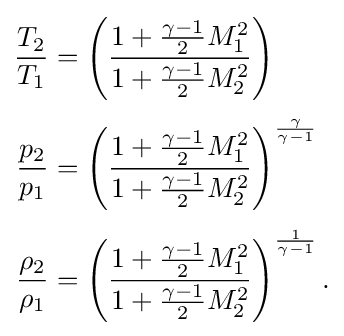
{\begin{aligned}{\frac {T_{2}}{T_{1}}}&=\left({\frac {1+{\frac {\gamma -1}{2}}M_{1}^{2}}{1+{\frac {\gamma -1}{2}}M_{2}^{2}}}\right)\\[3pt]{\frac {p_{2}}{p_{1}}}&=\left({\frac {1+{\frac {\gamma -1}{2}}M_{1}^{2}}{1+{\frac {\gamma -1}{2}}M_{2}^{2}}}\right)^{\frac {\gamma }{\gamma -1}}\\[3pt]{\frac {\rho _{2}}{\rho _{1}}}&=\left({\frac {1+{\frac {\gamma -1}{2}}M_{1}^{2}}{1+{\frac {\gamma -1}{2}}M_{2}^{2}}}\right)^{\frac {1}{\gamma -1}}.\end{aligned}}